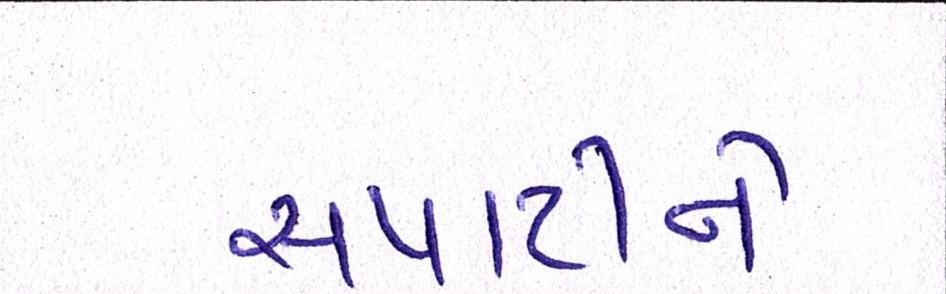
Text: સપાટીને